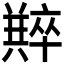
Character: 𠧆